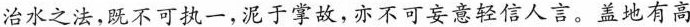
治水之法，既不可执一，泥于掌故，亦不可妄意轻信人言。盖地有高